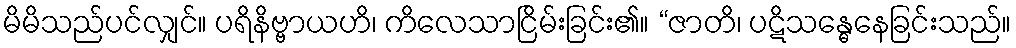
မိမိသည်ပင်လျှင်။ ပရိနိဗ္ဗာယဟိ၊ ကိလေသာငြိမ်းခြင်း၏။ “ဇာတိ၊ ပဋိသန္ဓေနေခြင်းသည်။